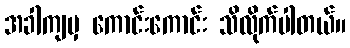
အခါကျမှ ကောင်းကောင်း သိလိုက်ပါတယ်။